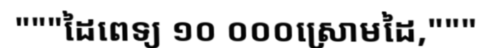
"""ដៃពេទ្យ ១០ ០០០ស្រោមដៃ,"""